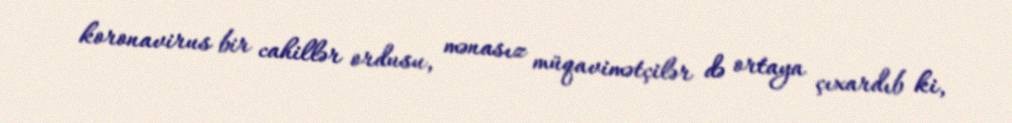
koronavirus bir cahillər ordusu, mənasız müqavimətçilər də ortaya çıxardıb ki,